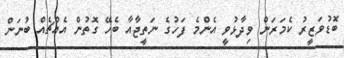
ބޮޑުވަޒީރު ކެމަރަން ވިދާޅުވީ އެންމެ ފަހުގެ ނަތީޖާއާ ބެހޭ ގޮތުން އެއްޗެއް ބުނަން